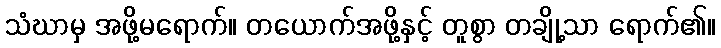
သံဃာမှ အဖို့မရောက်။ တယောက်အဖို့နှင့် တူစွာ တချို့သာ ရောက်၏။